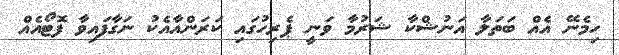
ހިމެނޭ އެއް ބަތަލާ އަނުޝްކާ ޝަރުމާ ވަނީ ޕެރިހުގައި ކަރަންއާއެކު ނަގާފައިވާ ފޮޓޯއެއް